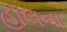
હૉલના